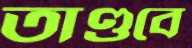
তাণ্ডবে